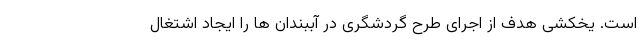
است. یخکشی هدف از اجرای طرح گردشگری در آببندان ها را ایجاد اشتغال